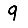
Digit: 9